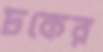
ঢকের